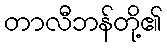
တာလီဘန်တို့၏